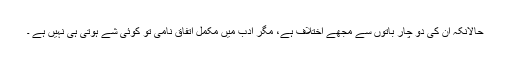
حالانکہ ان کی دو چار باتوں سے مجھے اختلاف ہے، مگر ادب میں مکمل اتفاق نامی تو کوئی شے ہوتی ہی نہیں ہے ۔